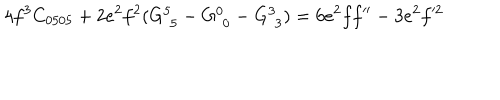
4 f ^ { 3 } C _ { 0 5 0 5 } + 2 e ^ { 2 } f ^ { 2 } ( G _ { \phantom { 5 } 5 } ^ { 5 } - G _ { \phantom { 0 } 0 } ^ { 0 } - G _ { \phantom { 3 } 3 } ^ { 3 } ) = 6 e ^ { 2 } f f ^ { \prime \prime } - 3 e ^ { 2 } f ^ { \prime 2 }